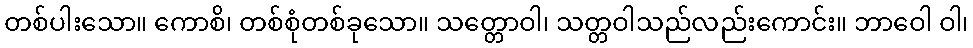
တစ်ပါးသော။ ကောစိ၊ တစ်စုံတစ်ခုသော။ သတ္တောဝါ၊ သတ္တဝါသည်လည်းကောင်း။ ဘာဝေါ ဝါ၊